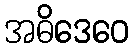
အဓိဒေဝေ